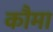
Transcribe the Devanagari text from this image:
कौमा